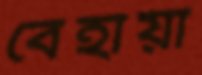
বেহায়া